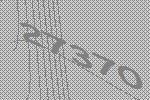
27370